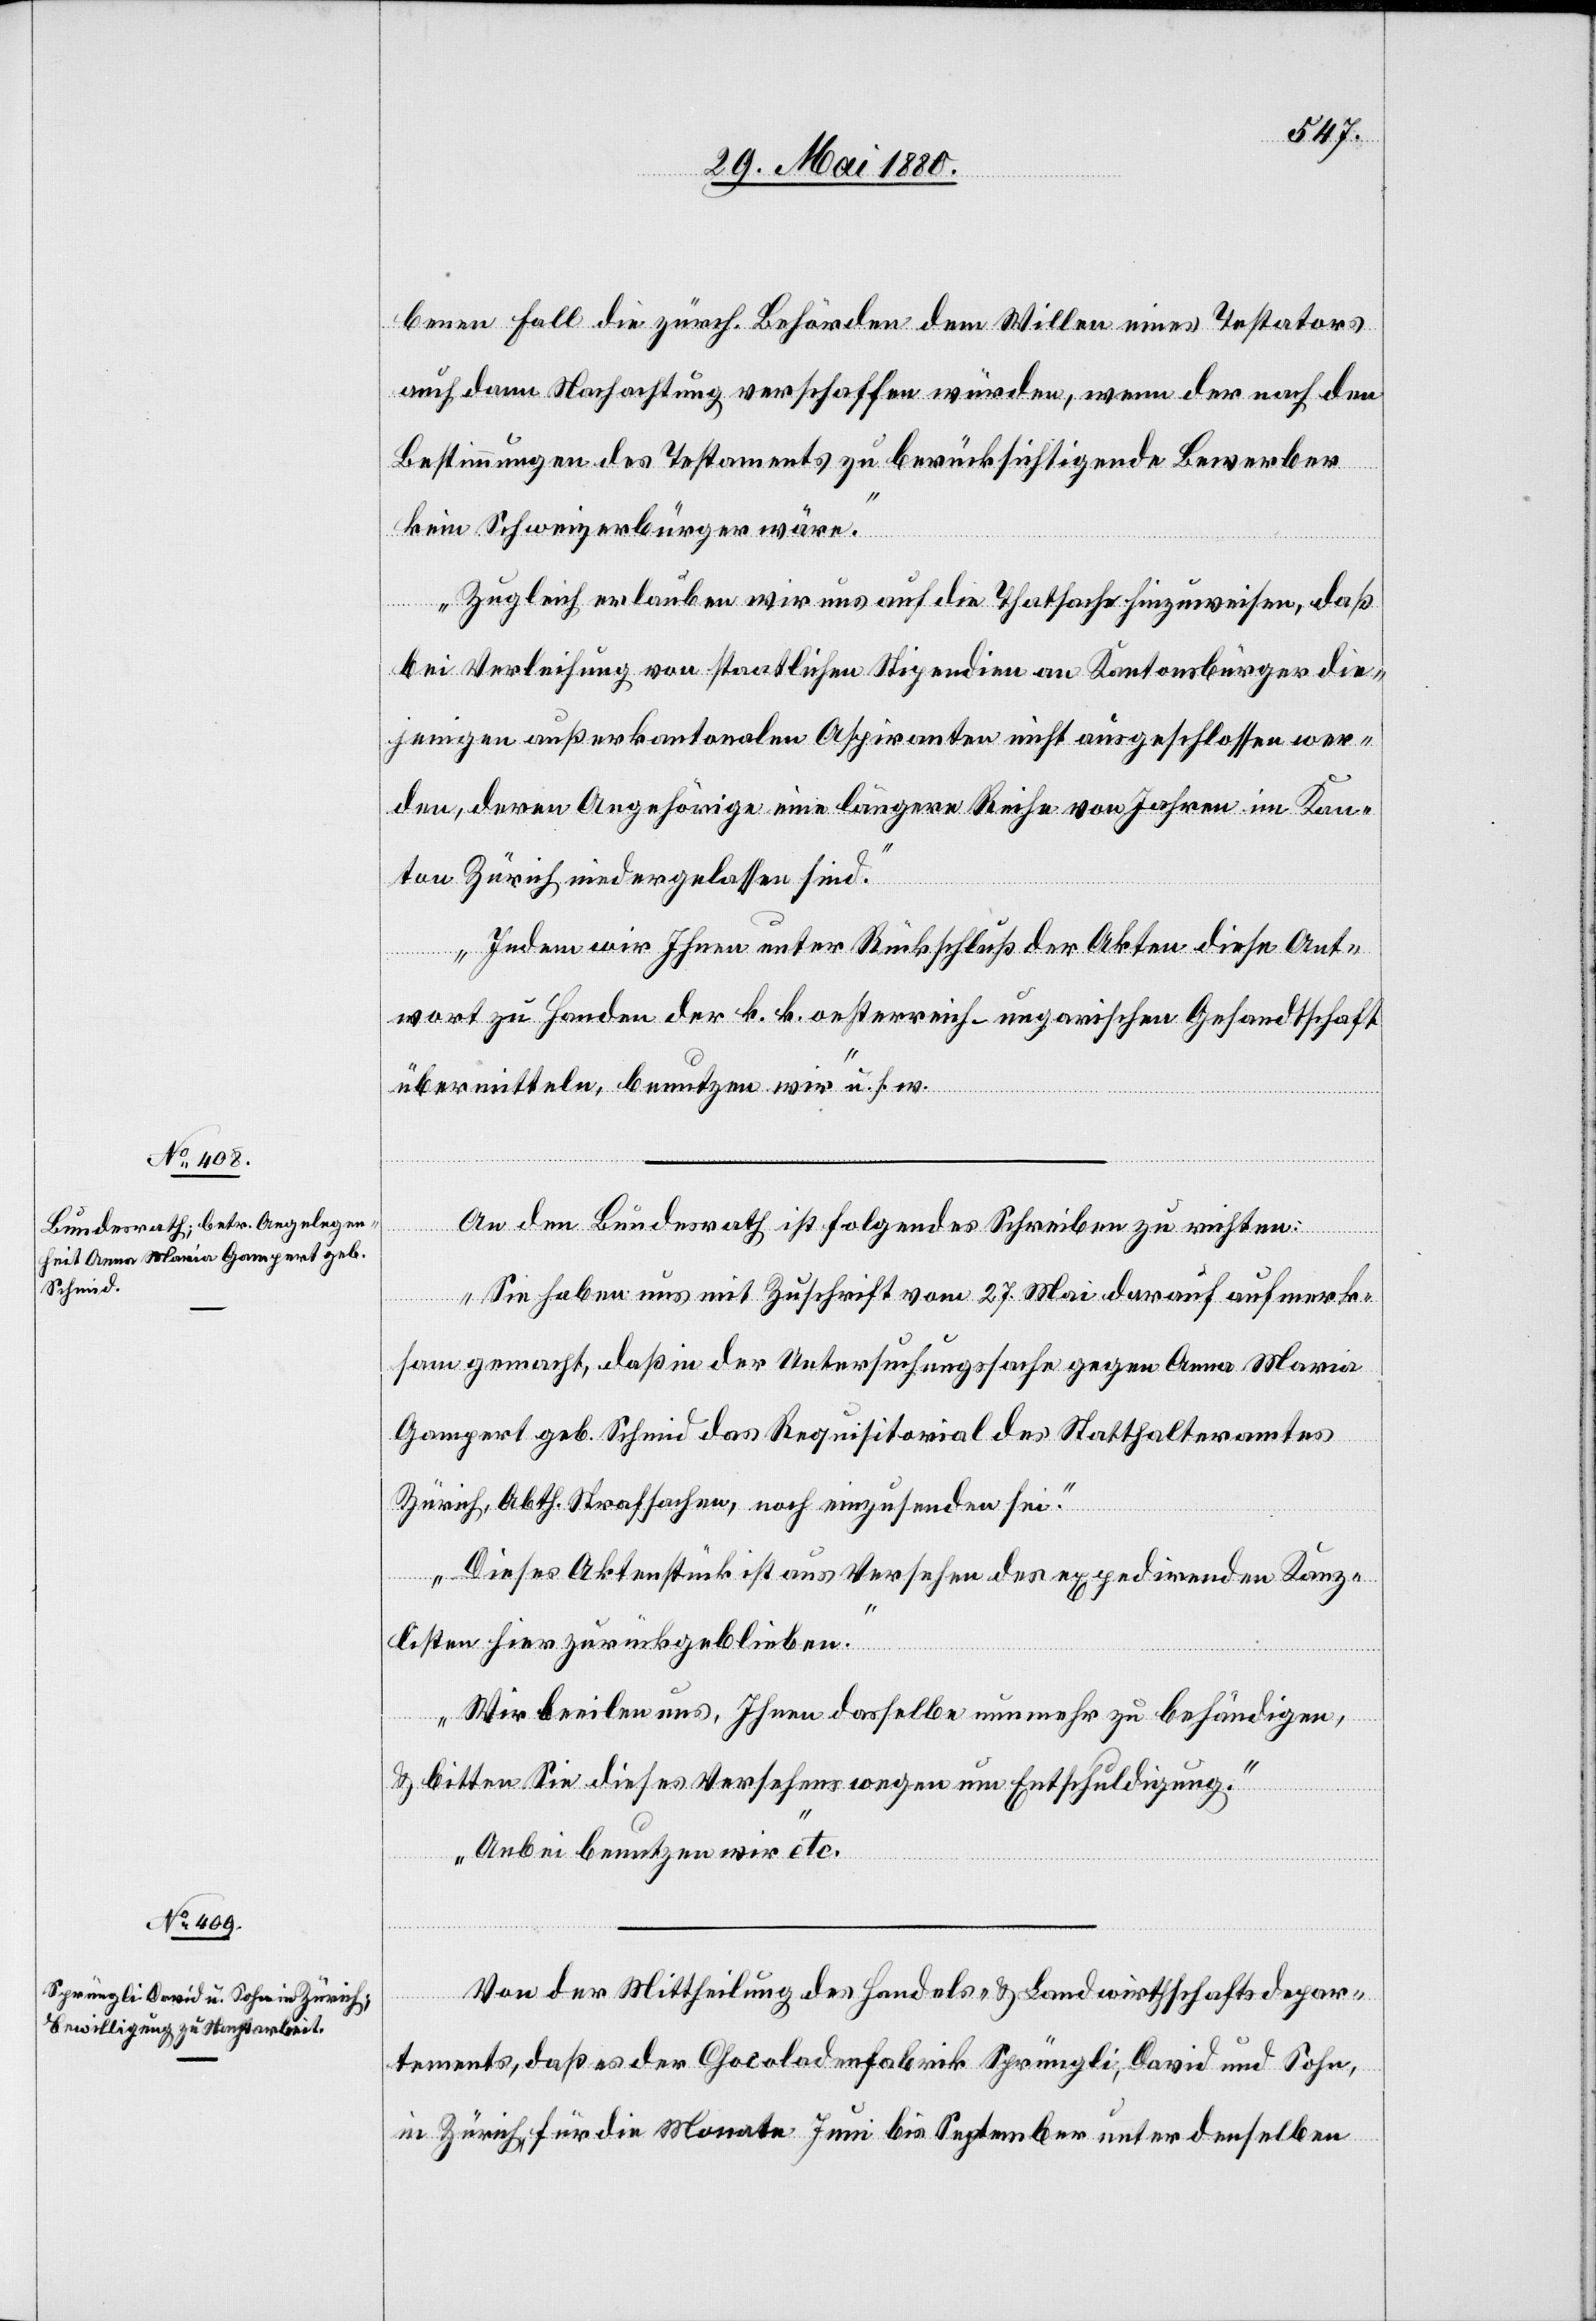
benen Fall die zürch. Behörden dem Willen eines Testates
auch dann Nachachtung verschaffen würden, wenn der nach den
Bestimmungen des Testaments zu berücksichtigende Bewerber
Juni
kein Schweizerbürger wäre.
Zugleich erlauben wir uns auf die Thatsache hinzuweisen, daß
bei Verleihung von staatlichen Stipendien an Kantonsbürger die¬
jenigen außerkantonalen Aspiranten nicht ausgeschlossen wer¬
den, deren Angehörige eine längere Reihe von Jahren im Kan¬
ton Zürich niedergelassen sind.
Indem wir Ihnen unter Rückstellung der Akten diese Ant¬
wort zu Handen der k. k. osterreich-ungarischen Gesandtschaft
übermitteln, benutzen wir“ u. s. w.
1.
An den Bundesrath ist folgendes Schreiben zu richten:
„Sie haben uns mit Zuschrift vom 27. Mai darauf aufmerk¬
sam gemacht, daß in der Untersuchungssache gegen Anna Maria
Gampert geb. Schmid das Requisitorial des Statthalteramtes
Zürich, Abth. Strafsachen, noch einzusenden sei.
Dieses Aktenstück ist aus Versehen des expedirenden Kanz¬
listen hier zurückgeblieben.
Wir beeilen uns, Ihnen dasselbe nunmehr zu behändigen,
& bitten Sie dieses Versehens wegen um Entschuldigung.
Anbei benutzen wir“ etc.
1.
Von der Mittheilung des Handels- & Landwirthschaftsdepar¬
tements, daß es der Chocoladenfabrik Sprüngli, David und Sohn,
in Zürich, für die Monate Juni bis September unter denselben